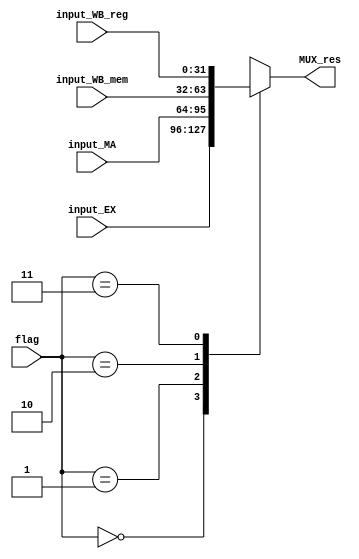
`timescale 1ns / 1ps

module MUXForwarding(
	input [31:0] input_EX,
	input [31:0] input_MA,
	input [31:0] input_WB_mem,
	input [31:0] input_WB_reg,
	input [1:0] flag,
	output reg [31:0] MUX_res
    );
	
	always @ (input_EX or input_MA or input_WB_mem or input_WB_reg or flag)
	begin
		case (flag)
		2'b00: MUX_res = input_EX;
		2'b01: MUX_res = input_MA;
		2'b10: MUX_res = input_WB_mem;
		2'b11: MUX_res = input_WB_reg;
		endcase
	end
endmodule